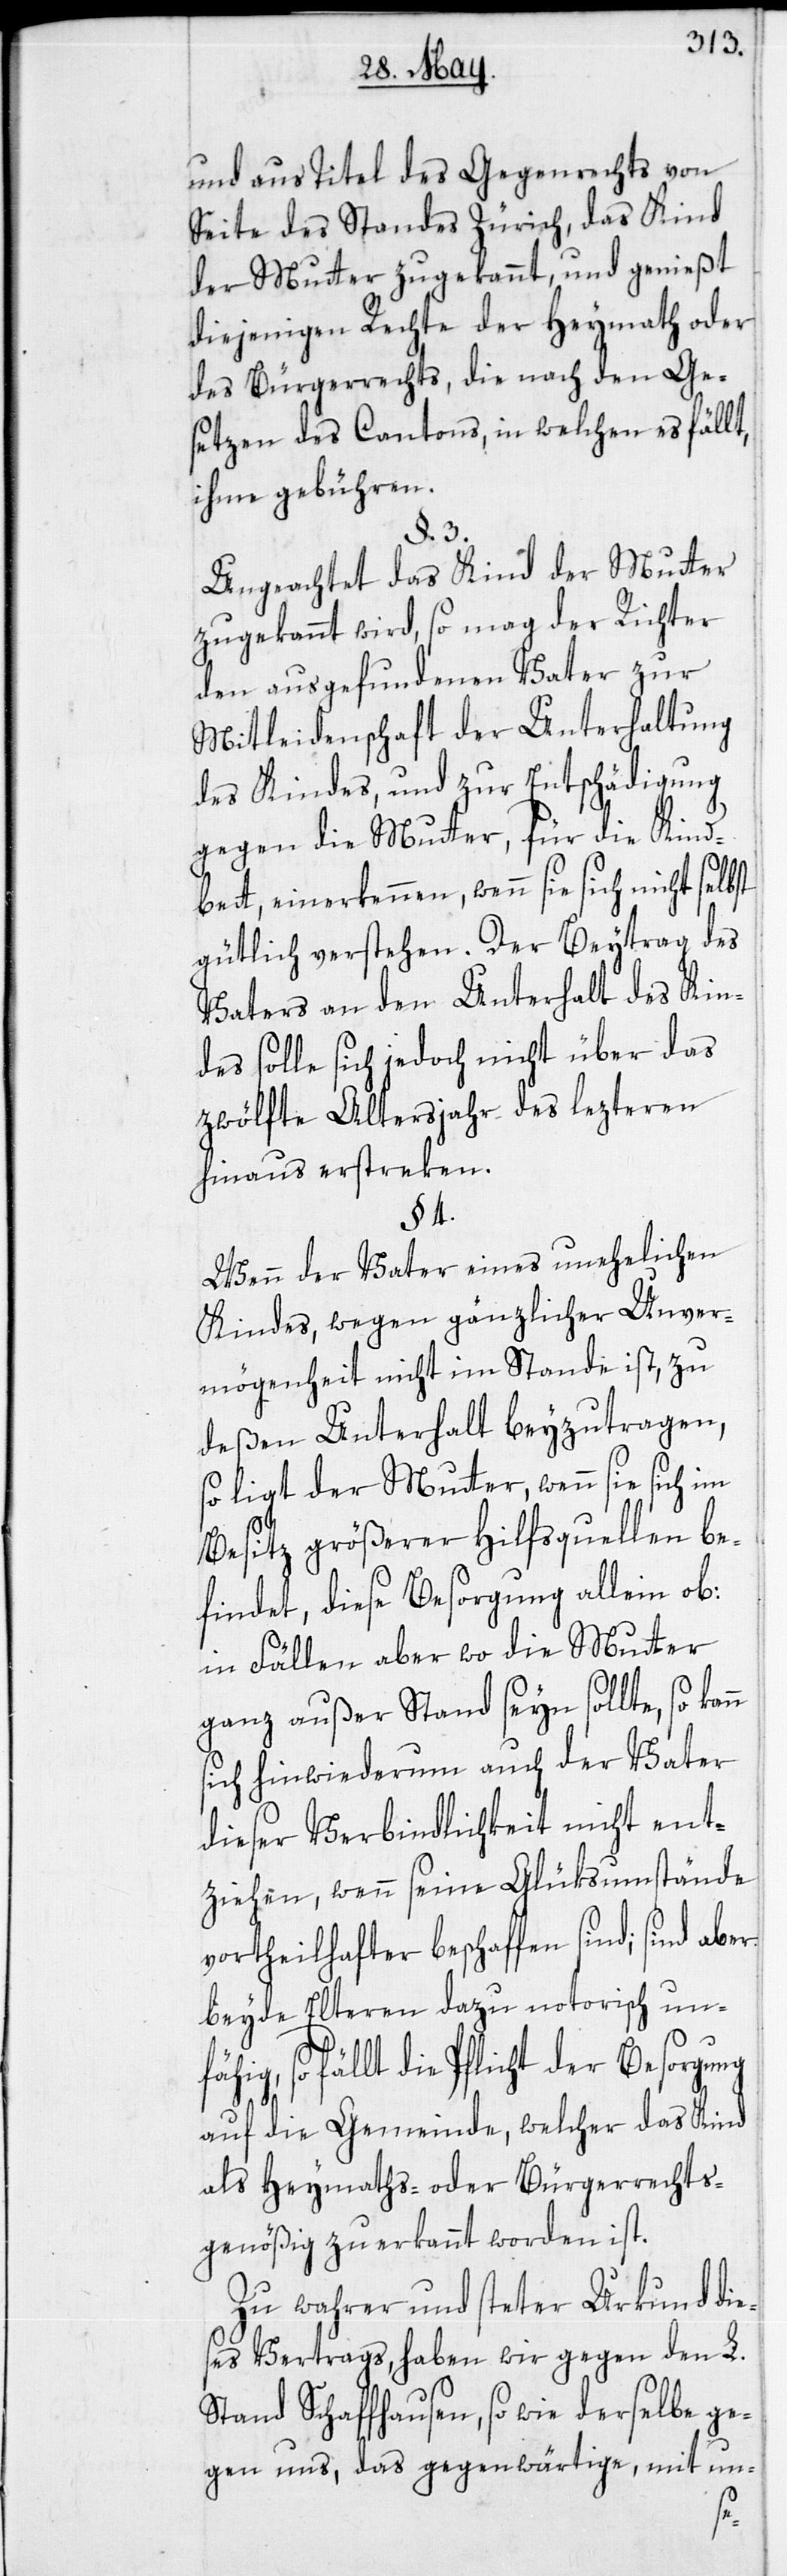
und aus Titel des Gegenrechts von
Seite des Standes Zürich, das Kind
der Mutter zugekannt, und genießt
diejenigen Rechte der Heymath oder
des Bürgerrechts, die nach den Ge¬
setzen des Cantons, in welchen es fällt,
ihme gebühren.
§. 3.
Ungeachtet das Kind der Mutter
zugekannt wird, so mag der Richter
den ausgefundenen Vater zur
Mitleidenschaft der Unterhaltung
des Kindes, und zur Entschädigung
gegen die Mutter, für die Kind¬
bett, einerkennen, wenn sie sich nicht
gütlich verstehen. Der Beytrag des
Vaters an den Unterhalt des Kin¬
des solle sich jedoch nicht über das
zwölfte Altersjahr des lezteren
hinaus erstreken.
§. 4.
Wenn der Vater eines unehelichen
Kindes, wegen gänzlicher Unver¬
mögenheit nicht im Stande ist, zu
deßen Unterhalt beyzutragen,
so ligt der Mutter, wenn sie sich im
Besitz größerer Hilfsquellen be¬
findet, diese Besorgung allein ob:
in Fällen aber wo die Mutter
ganz außer Stand seyn sollte, so kann
sich hinwiederum auch der Vater
dieser Verbindlichkeit nicht ent¬
ziehen, wenn seine Glüksumstände
vortheilhafter beschaffen sind; sind aber
beyde Elteren dazu notorisch unfä¬
hig, so fällt die Pflicht der Besorgung
auf die Gemeinde, welcher das Kind
als Heymaths- oder Bürgerrechts¬
genößig zu erkannt worden ist.
Zu wahrer und steter Urkund die¬
ses Vertrags, haben wir gegen den L.
Stand Schaffhausen, so wie derselbe ge¬
gen uns, das gegenwärtige, mit un-